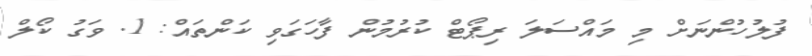
ފުލުހުންނަށް މި މައްސަލަ ރިޕޯޓް ކުރުމުން ފާހަގަވި ކަންތައް: 1. ވަގު ކޯލް